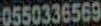
0550336569